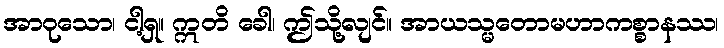
အာဝုသော၊ ငါ့ရှ။ ဣတိ ခေါ၊ ဤသို့လျင်။ အာယသ္မတောမဟာကစ္စာနဿ၊